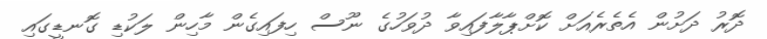
ދޮރު ދަށުން އެތެރެއަށް ކޮށްޕާލާފައިވާ ދުވަހުގެ ނޫސް ހިފައިގެން މާހިން ލަކުޑި ގޮނޑީގައި